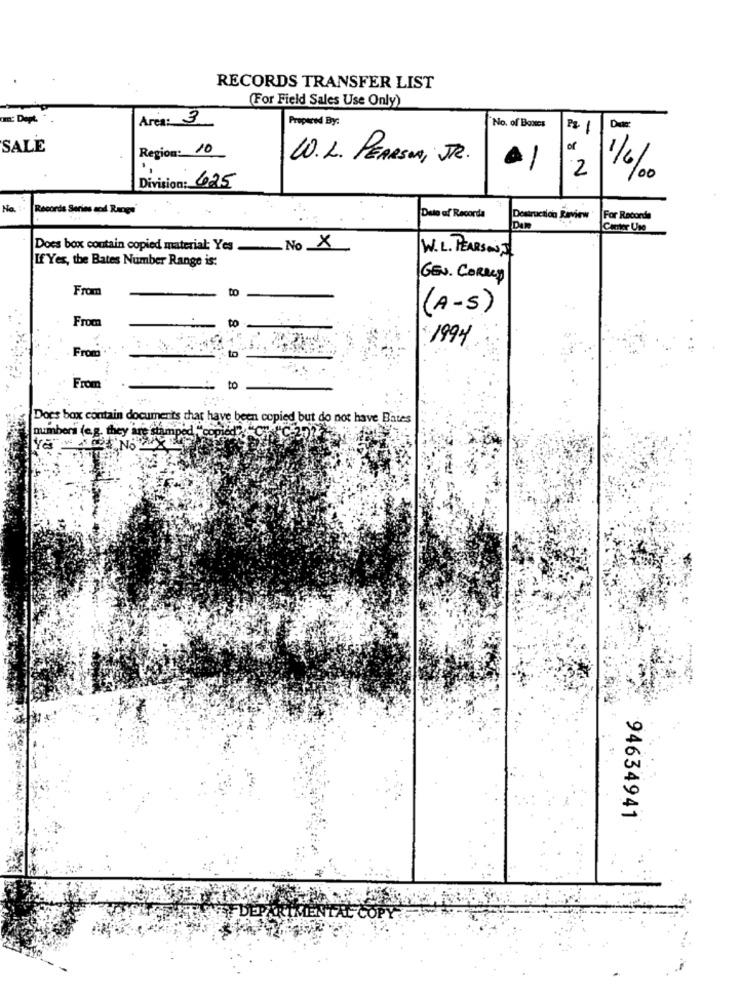
RECORDS TRANSFER LIST
(For Field Sales Use Only)
ant: Dept
Area: 3
Propered By:
No. of Boxes
-
SALE
Region: 10
of
WO.L. PEARSON, JR.
-
2
1/6
Division: 625
00
No.
Records Series apl Range
Deto af Recorda
Destruction Raview
For Record
Cantor Use
Does box contain copied material: Yes . No _X
W.L. PEARSON,
If Yes, the Bates Number Range is:
GEN. CORREA
From
to
(A-S)
From
to
1994
to
From
From
to
Does box contain documents that have been copied but do not have Bates
numbers (e.g. they are stamped "copied""""C "C-2
94634941